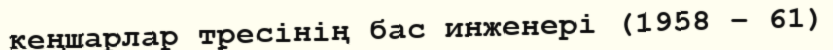
кеңшарлар тресінің бас инженері (1958 – 61)